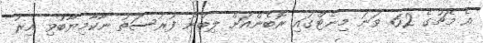
އެ މެޗުގެ 62 ވަނަ މިނެޓްގައި ރޮބެންއަށް ލިބުނު ފުރުސަތު ނާކާމިޔާބުވި އިރު